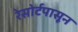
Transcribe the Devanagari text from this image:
रेसोर्टपासून